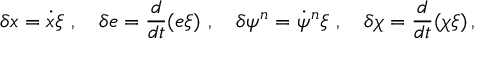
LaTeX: \delta x = \dot { x } \xi \, \, , \, \, \, \, \, \, \delta e = \frac { d } { d t } ( e \xi ) \, \, , \, \, \, \, \, \, \delta \psi ^ { n } = \dot { \psi } ^ { n } \xi \, \, , \, \, \, \, \, \, \delta \chi = \frac { d } { d t } ( \chi \xi ) \, ,